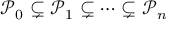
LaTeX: { \mathcal { P } } _ { 0 } \subsetneq { \mathcal { P } } _ { 1 } \subsetneq \cdots \subsetneq { \mathcal { P } } _ { n }